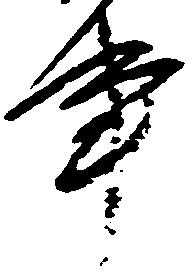
事